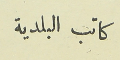
كاتب البلدية